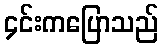
၄င်းကပြောသည်